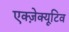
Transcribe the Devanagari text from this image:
एक्ज़ेक्यूटिव